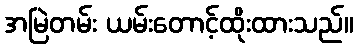
အမြဲတမ်း ယမ်းတောင့်ထိုးထားသည်။